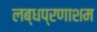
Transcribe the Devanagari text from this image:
लब्धप्रणाशम